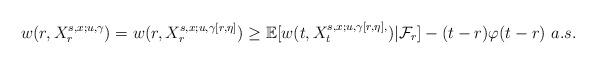
LaTeX: \begin{align*}w(r, X^{s,x; u,\gamma}_r)=w(r, X^{s,x; u, \gamma [r,\eta]}_r)\geq \mathbb{E}[w(t, X^{s,x; u, \gamma [r,\eta],}_t)|\mathcal{F}_r] -(t-r)\varphi (t-r)\ a.s.\end{align*}